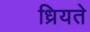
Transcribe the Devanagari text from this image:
ध्रियते